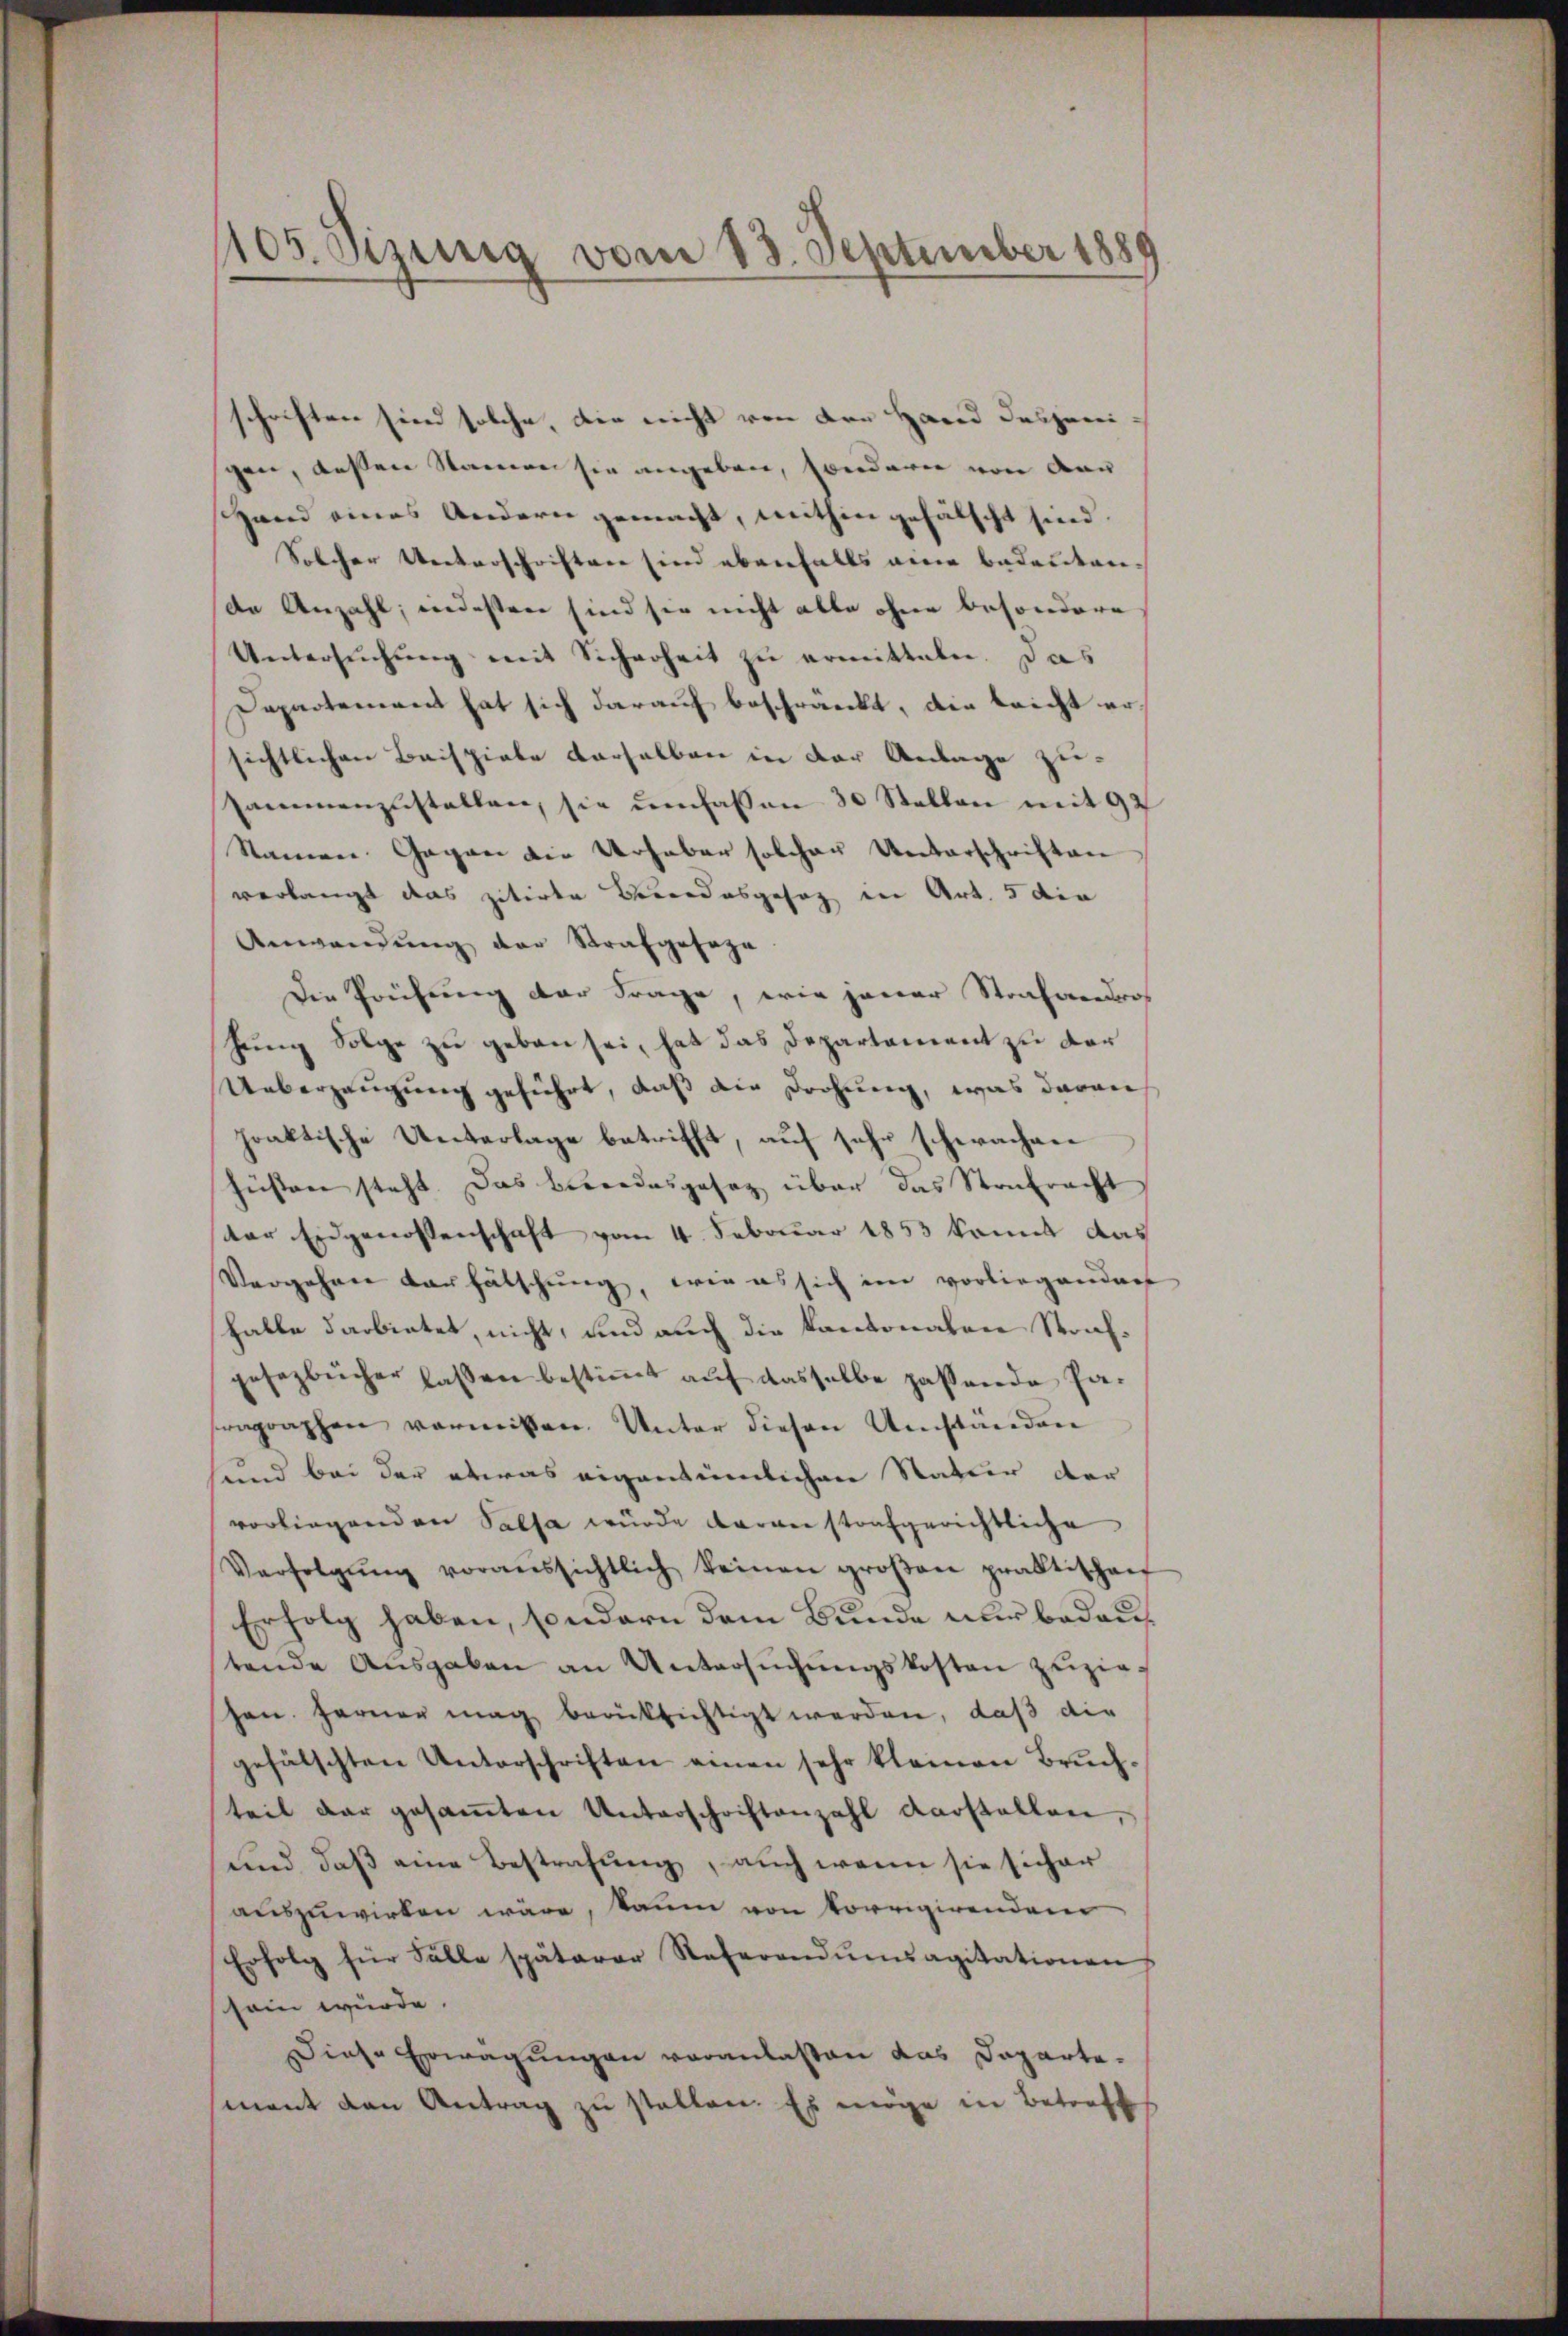
1105. Szung vom 13. September 1889

schriften sind solche, die nicht von den Hand dasjenigen, deßen Namen sie angeben, sondere von Aar
Hand eines Andern gemacht, mithin gefälscht sind.
Solcher Unterschriften sind ebenfalls eine Bedeuten-
de Anzahl, indesten sind sie nicht alle ohne besondere
Untersŭchŭng mit Sicherheit zu ermitteln. Das
Dapartement hat sich darauf beschränkt, die leicht ersichtlichen Beispiele derselben in der Anlage zu-
Pammenzustellen, sie umfassen 30 Stellen mit 92
Stamen Gegen die Urhaber solcher Unterschriften
verlangt das zitirte Verordesgesag in Art. 5 die
Anwendung der Strafgesage
Die Prüfung der Frage, wie jener Strafandroh
hung Folge zu geben sei, hat das Departement zu der
Ueberzeugung geführt, daß die Drohung, was davon
hraktische Unterlage betrifft, auf sehr schwachen
füsten steht. Das Besondesgesaz über das Strafracht
dter Eidgenossenschaft vom 4. Februar 1853 kannt das
Vergehen darhätschung, wie es sich im vorliegender
halle darbietet, nicht, und auch die kantonalen Strafgesezbücher lassen bestimmt auf dasselbe passende Paeographen vermitten. Unter diesen Umstanden
sund bei der etwas eigentümlichen Natur der
vorliegenden Salsa wurde daran strafgerichtliche
Verfolgŭng voraŭssichtlich keinen groβen praktischen
Erfolg haben, sondern dem Bunde nur bedautende Aŭsgaben an Untersŭchŭngskosten zŭzie-
hen. Ferner mag berücksichtigt werden, daß die
gefälschten Unterschriften einen sehr kleinen Bruch-
teil dar gesaṁten Unterschriftenzahl darstellen,
und daß eine Bestrafung, auch wenn sie sicher
auszuwirken wäre, kaum von korrigirenden
Erfolg für Fälle späterer Referandŭmsagitationen
sein würde.
Diese Erwägungen veranlassen das Dapartemant den Antrag zu stellen. Es möge in Betraft